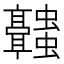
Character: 𬴥